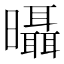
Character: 𣌍